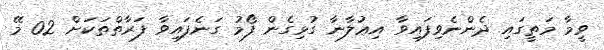
ވީމާ މަތީގައި ދެންނެވިފައިވާ އިޢުލާނާ ގުޅިގެން ފޯމު ގަނެފައިވާ ފަރާތްތަކަށް 02 މޭ